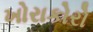
ખોરાકોરો